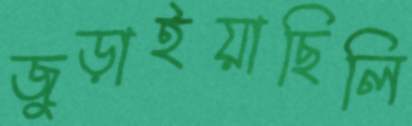
জুড়াইয়াছিলি